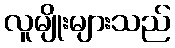
လူမျိုးများသည်